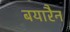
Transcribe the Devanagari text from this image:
बयारैन